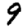
Digit: 9